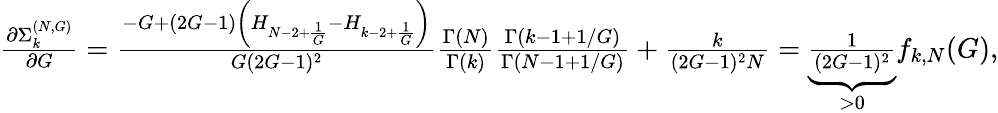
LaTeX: \begin{array}{r}{\frac{\partial\Sigma_{k}^{(N,G)}}{\partial G}=\frac{-G+(2G-1)\left(H_{N-2+\frac{1}{G}}-H_{k-2+\frac{1}{G}}\right)}{G(2G-1)^{2}}\frac{\Gamma(N)}{\Gamma(k)}\frac{\Gamma(k-1+1/G)}{\Gamma(N-1+1/G)}+\frac{k}{(2G-1)^{2}N}=\underbrace{\frac{1}{(2G-1)^{2}}}_{>0}f_{k,N}(G),}\end{array}